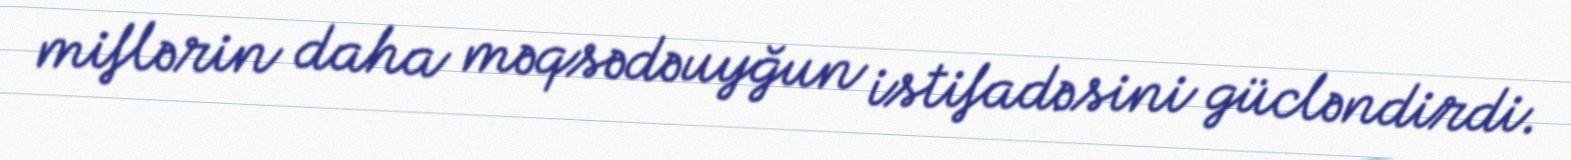
miflərin daha məqsədəuyğun istifadəsini gücləndirdi.